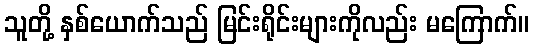
သူတို့ နှစ်ယောက်သည် မြင်းရိုင်းများကိုလည်း မကြောက်။